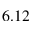
6 . 1 2